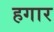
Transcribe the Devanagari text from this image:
हगार